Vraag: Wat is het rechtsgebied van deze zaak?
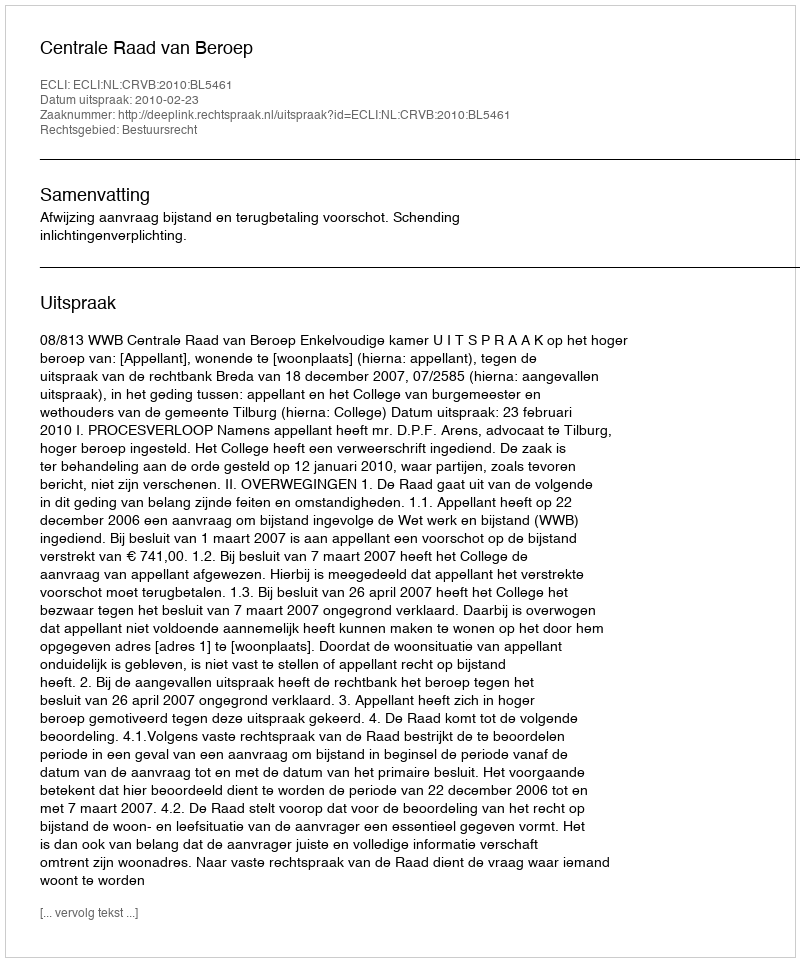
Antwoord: Bestuursrecht